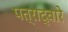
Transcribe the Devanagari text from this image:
पत्राद्वारे